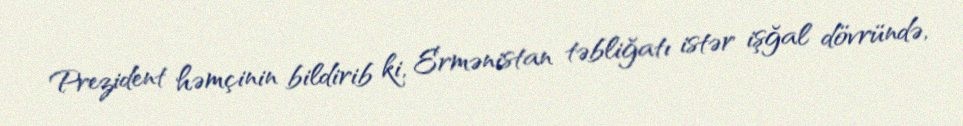
Prezident həmçinin bildirib ki, Ermənistan təbliğatı istər işğal dövründə,